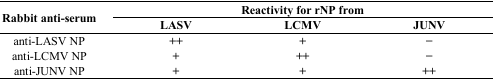
| <ROWSPAN=2> Rabbit anti-serum | <COLSPAN=3> Reactivity for rNP from |
 | LASV | LCMV | JUNV |
 | --- | --- | --- | --- |
 | anti-LASV NP | ++ | + | − |
 | anti-LCMV NP | + | ++ | − |
 | anti-JUNV NP | + | + | ++ |